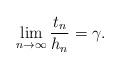
LaTeX: \begin{align*}\lim_{n \to \infty} \frac{t_n}{h_n} = \gamma .\end{align*}